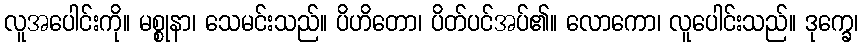
လူအပေါင်းကို။ မစ္စုနာ၊ သေမင်းသည်။ ပိဟိတော၊ ပိတ်ပင်အပ်၏။ လောကော၊ လူပေါင်းသည်။ ဒုက္ခေ၊